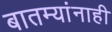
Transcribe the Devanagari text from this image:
बातम्यांनाही